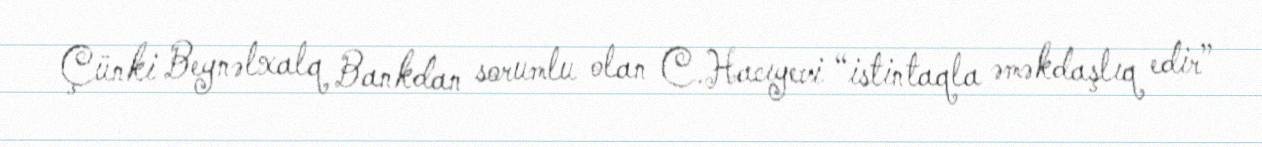
Çünki Beynəlxalq Bankdan sorumlu olan C.Hacıyevi “istintaqla əməkdaşlıq edir”